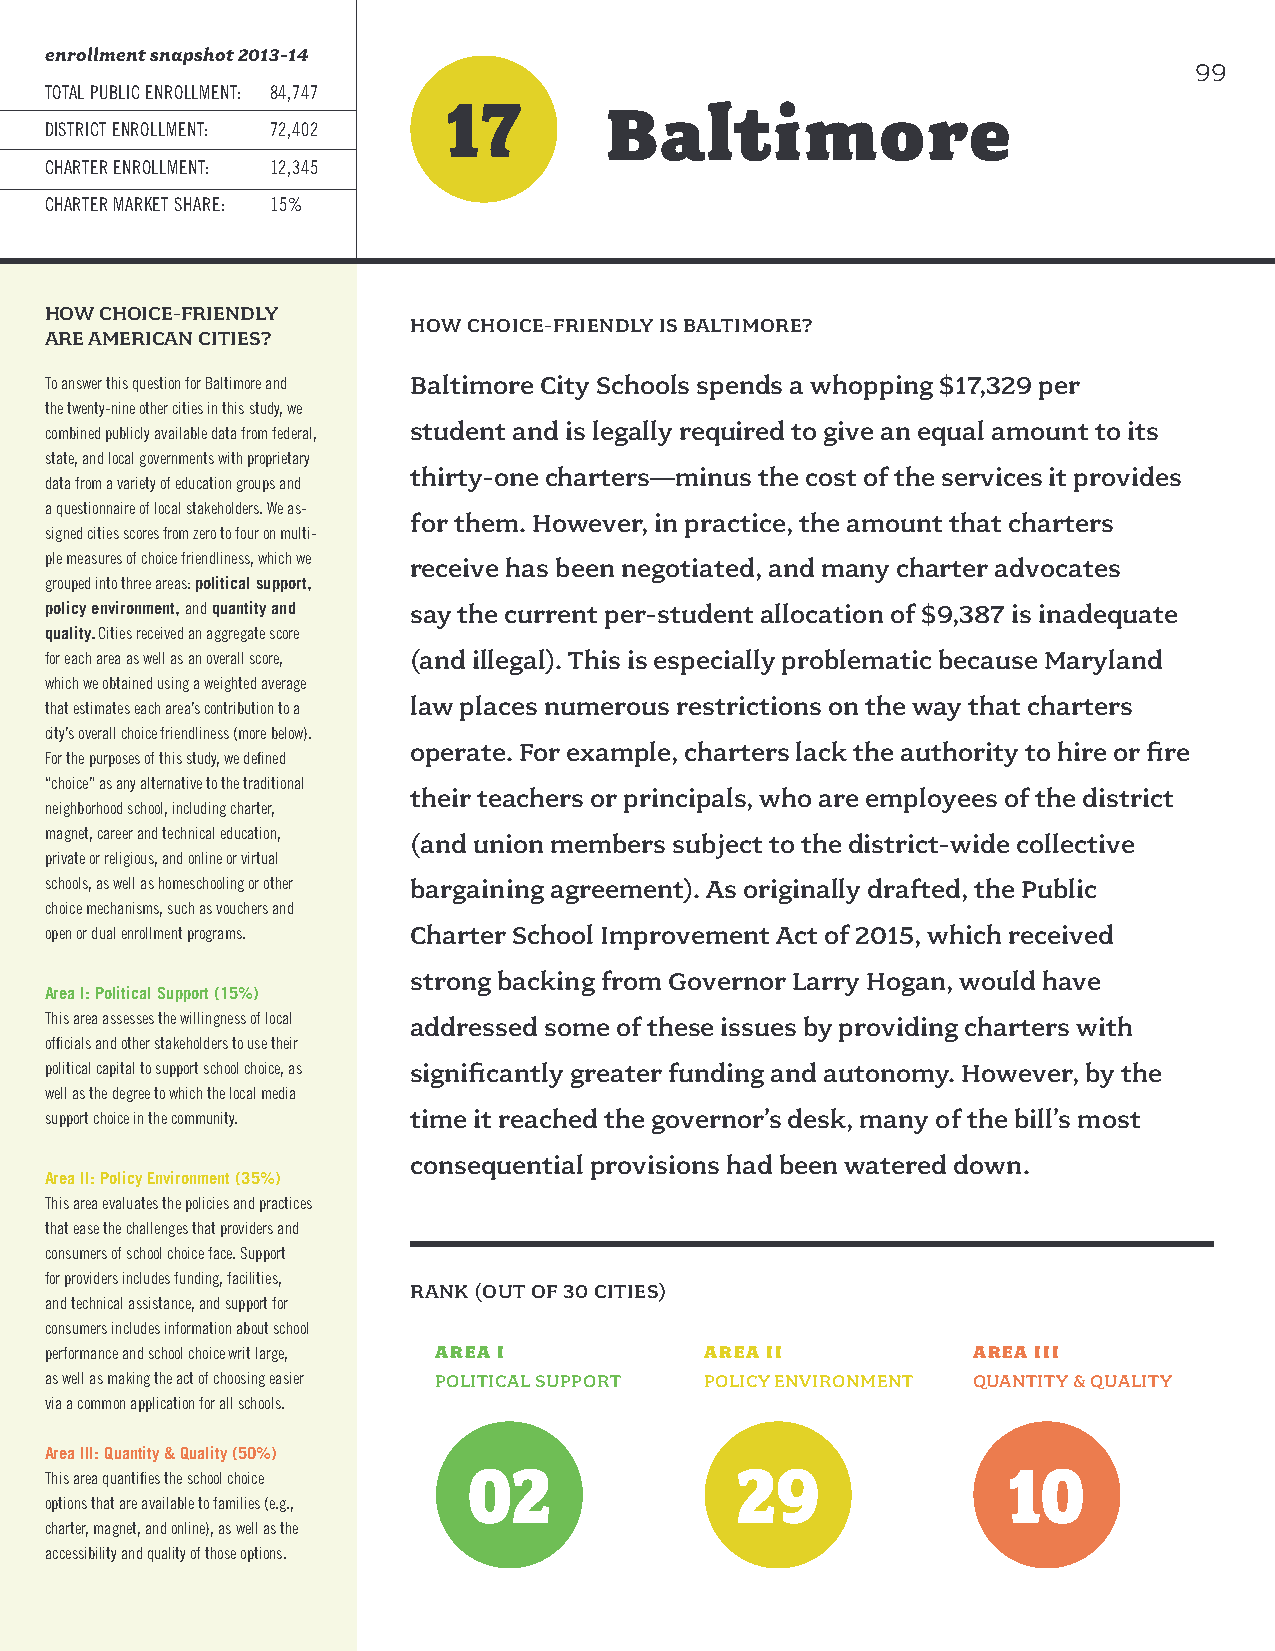
enrollment snapshot 2013-14
 99
 TOTAL PUBLIC ENROLLMENT: 84,747
 17
 Baltimore
 DISTRICT ENROLLMENT: 72,402
 CHARTER ENROLLMENT: 12,345
 CHARTER MARKET SHARE: 15%
 HOW CHOICE-FRIENDLY
 HOW CHOICE-FRIENDLY IS BALTIMORE?
 ARE AMERICAN CITIES?
 To answer this question for Baltimore and Baltimore City Schools spends a whopping $17,329 per
 the twenty-nine other cities in this study, we
 student and is legally required to give an equal amount to its
 combined publicly available data from federal,
 state, and local governments with proprietary
 thirty-one charters—minus the cost of the services it provides
 data from a variety of education groups and
 a questionnaire of local stakeholders. We as-
 for them. However, in practice, the amount that charters
 signed cities scores from zero to four on multi-
 ple measures of choice friendliness, which we receive has been negotiated, and many charter advocates
 grouped into three areas: political support,
 policy environment, and quantity and say the current per-student allocation of $9,387 is inadequate
 quality. Cities received an aggregate score
 for each area as well as an overall score, (and illegal). This is especially problematic because Maryland
 which we obtained using a weighted average
 law places numerous restrictions on the way that charters
 that estimates each area’s contribution to a
 city’s overall choice friendliness (more below).
 operate. For example, charters lack the authority to hire or fire
 For the purposes of this study, we defined
 “choice” as any alternative to the traditional
 their teachers or principals, who are employees of the district
 neighborhood school, including charter,
 magnet, career and technical education, (and union members subject to the district-wide collective
 private or religious, and online or virtual
 schools, as well as homeschooling or other bargaining agreement). As originally drafted, the Public
 choice mechanisms, such as vouchers and
 open or dual enrollment programs. Charter School Improvement Act of 2015, which received
 strong backing from Governor Larry Hogan, would have
 Area I: Political Support (15%)
 This area assesses the willingness of local addressed some of these issues by providing charters with
 officials and other stakeholders to use their
 political capital to support school choice, as significantly greater funding and autonomy. However, by the
 well as the degree to which the local media
 support choice in the community. time it reached the governor’s desk, many of the bill’s most
 consequential provisions had been watered down.
 Area II: Policy Environment (35%)
 This area evaluates the policies and practices
 that ease the challenges that providers and
 consumers of school choice face. Support
 for providers includes funding, facilities,
 RANK (OUT OF 30 CITIES)
 and technical assistance, and support for
 consumers includes information about school
 performance and school choice writ large, AREA I AREA II     AREA III
 as well as making the act of choosing easier POLITICAL SUPPORT POLICY ENVIRONMENT QUANTITY & QUALITY
 via a common application for all schools.
 Area III: Quantity & Quality (50%)
 02                29                10
 This area quantifies the school choice
 options that are available to families (e.g.,
 charter, magnet, and online), as well as the
 accessibility and quality of those options.